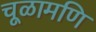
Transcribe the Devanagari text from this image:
चूळामणि